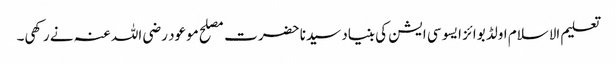
تعلیم الاسلام اولڈ بوائز ایسو سی ایشن کی بنیاد سیدنا حضرت مصلح موعود رضی اللہ عنہ نے رکھی۔